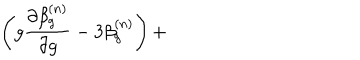
\left( g \frac { \partial \beta _ { g } ^ { ( n ) } } { \partial g } - 3 \beta _ { g } ^ { ( n ) } \right) +